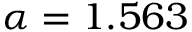
\alpha = 1 . 5 6 3